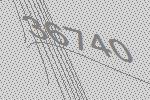
36740